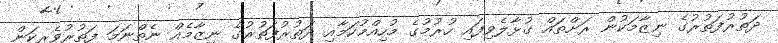
ދަތުރުފަތުރުގެ ނިޒާމަކުން ރަށްތައް ގުޅާލެވިފައި ހުރުމުގެ މުހިއްމުކަމާއި ދަތުރުފަތުރުގެ ނިޒާމެއް ނެތްނަމަ ފަތުރުވެރިކަން